Lunatic asylums United Provinces 1899-1908 - 1899-1908
Year: 1899
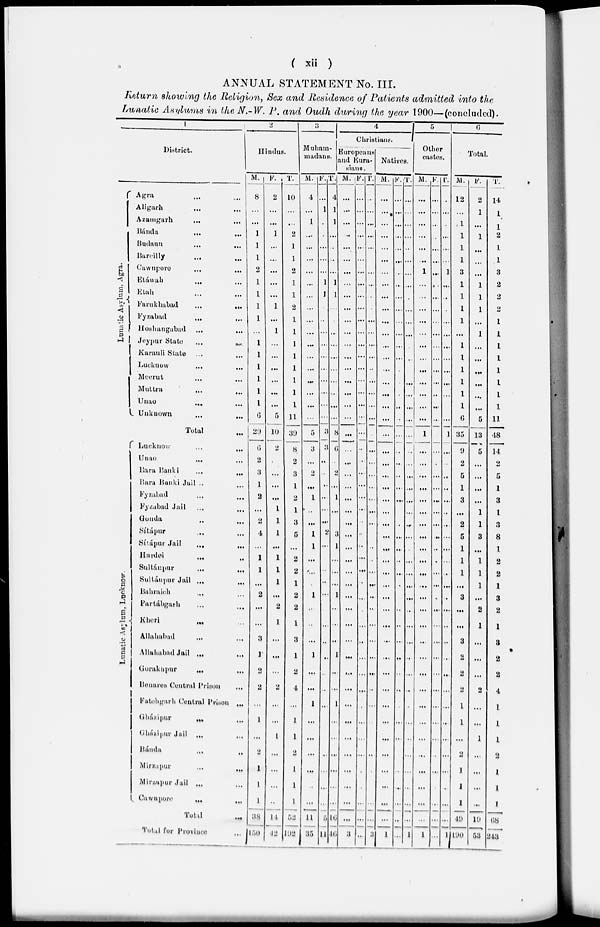
( xii )
ANNUAL STATEMENT No. III.
Return showing the Religion, Sex and Residence of Patients admitted into the
Lunatic Asylums in the N.-W. P. and Oudh during the year 1900—(concluded).
1
District.
Lunatic Asylum, Agra.
Lunatic Asylum, Lucknow.
Agra … …
Aligarh … …
Azamgarh
... …
Bánda … …
Budaun
...
...
Bareilly … …
Cawnpore … …
Etáwah … …
Etah … …
Farukhabad
... …
Fyzabad … …
Hoshangabad
...
...
Jeypur State ...
...
Karauli State … …
Lucknow
...
...
Meerut … …
Muttra
... …
Unao … …
Unknown
... …
Total …
Lucknow
... …
Unao … …
Bara
Banki
... …
Bara Banki Jail .. …
Fyzabad … …
Fyzabad Jail … …
Gonda … …
Sítápur … …
Sítápur Jail … …
Hardei … …
Sultánpur
... …
Sultánpur Jail … …
Bahraich … …
Partábgarh … …
Kheri … …
Allahabad
... …
Allahabad Jail … …
Gorakhpur … …
Benares Central Prison …
Fatebgarh Central Prison …
Gházipur … …
Gházipur Jail … …
Bánda … …
Mirzapur
... …
Mirzapur Jail ... …
Cawnpore … …
Total …
Total for Province …
2
Hindus.
M.
8
…
…
1
1
1
2
1
1
1
1
…
1
1
1
1
1
1
6
29
6
2
3
1
2
…
2
4
…
1
1
…
2
…
…
3
1
2
2
…
1
…
2
1
1
1
38
150
F.
2
…
…
1
…
...
…
…
…
1
…
1
…
…
…
…
…
…
5
10
2
…
…
…
1
1
1
…
1
1
1
…
2
1
…
…
...
2
…
…
1
…
...
...
..
14
42
T.
10
...
…
2
1
1
2
1
1
2
1
1
1
1
1
1
1
1
11
39
8
2
3
1
2
1
3
5
…
2
2
1
2
2
1
3
1
2
4
…
1
1
2
1
1
1
52
192
3
Muham-
madans.
M.
4
...
1
…
…
…
...
…
…
...
…
…
…
…
…
…
…
…
...
5
3
...
2
…
1
..
…
1
1
…
…
1
..
..
…
1
…
…
…
…
…
…
…
.
…
11
35
F.
...
1
.
.
…
...
...
1
1
…
..
…
…
…
…
…
…
…
…
3
3
..
…
…
…
…
…
2
…
…
…
…
…
…
…
..
…
…
…
1
..
…
…
…
5
14
T.
4
1
1
…
..
..
…
1
1
…
.
…
…
…
…
…
…
…
…
8
6
…
2
…
1
…
…
3
1
…
…
..
1
…
…
1
…
…
…
…
…
…
...
...
...
5
16
4
Christians.
Europeans
and Eura-
sians.
M.
…
…
…
…
…
…
…
...
…
…
…
…
…
…
…
…
…
…
...
…
...
…
...
...
...
...
…
...
…
…
…
…
…
…
…
…
…
…
...
1
…
…
…
...
...
...
16
3
F.
…
...
...
…
…
...
…
…
...
...
…
...
…
...
...
...
…
…
…
…
…
…
…
…
…
…
…
…
…
…
…
…
…
…
…
…
…
…
…
…
…
…
…
…
…
…
…
…
T.
..
...
…
…
...
…
…
...
…
.
…
...
…
…
..
…
...
…
…
…
…
…
...
…
…
…
…
…
…
…
..
..
..
..
..
..
…
…
…
…
…
…
…
.
.
…
…
3
Natives.
M.
…
…
...
…
...
…
...
…
…
…
…
...
…
...
…
…
…
…
…
…
…
…
…
…
…
...
…
…
…
…
…
…
…
…
…
…
…
…
…
…
…
…
…
…
…
…
…
1
F.
…
…
…
…
...
…
…
…
...
…
…
…
…
…
…
…
.
…
.
…
..
..
…
…
…
…
…
…
…
..
…
…
…
…
…
…
..
..
…
…
…
…
…
…
…
…
…
…
T.
...
...
…
…
..
…
...
...
…
...
...
…
…
.
…
…
…
…
…
…
…
…
…
…
…
…
…
…
…
…
…
…
…
…
…
…
..
…
..
…
…
…
…
…
…
…
..
1
5
Other
castes.
M.
…
…
…
…
…
…
1
…
...
...
…
…
…
...
…
…
…
…
…
1
…
…
…
…
…
…
…
…
…
…
…
…
…
…
…
…
…
…
…
…
…
…
…
…
…
…
…
1
F.
…
...
..
..
…
…
…
..
…
...
...
...
…
...
…
…
..
…
..
…
.
…
…
…
…
…
…
. .
.
…
…
.
…
…
…
…
…
…
…
…
…
…
…
…
…
…
…
T.
.
…
.
...
...
…
1
…
…
…
...
…
…
…
…
…
…
…
…
1
…
…
…
…
…
…
…
…
…
…
…
…
…
…
…
…
…
…
…
...
…
…
…
…
…
…
…
1
6
Total.
M.
12
…
1
1
1
1
3
1
1
1
1
…
1
1
1
1
1
1
6
35
9
2
5
1
3
…
2
5
1
1
1
…
3
…
…
3
2
2
2
1
1
…
2
1
1
1
19
190
F.
2
1
…
1
…
…
…
1
1
1
…
1
…
…
…
…
…
…
5
13
5
…
…
…
…
1
1
3
…
1
1
1
…
2
1
…
…
…
3
…
…
1
...
…
…
…
19
53
T.
14
1
1
2
1
1
3
2
2
2
1
1
1
1
1
1
1
1
11
48
14
5
5
1
3
1
3
8
1
2
2
1
3
2
1
3
2
2
4
1.
1
1
2
1
1
I
68
243